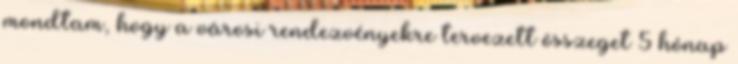
mondtam, hogy a városi rendezvényekre tervezett összeget 5 hónap